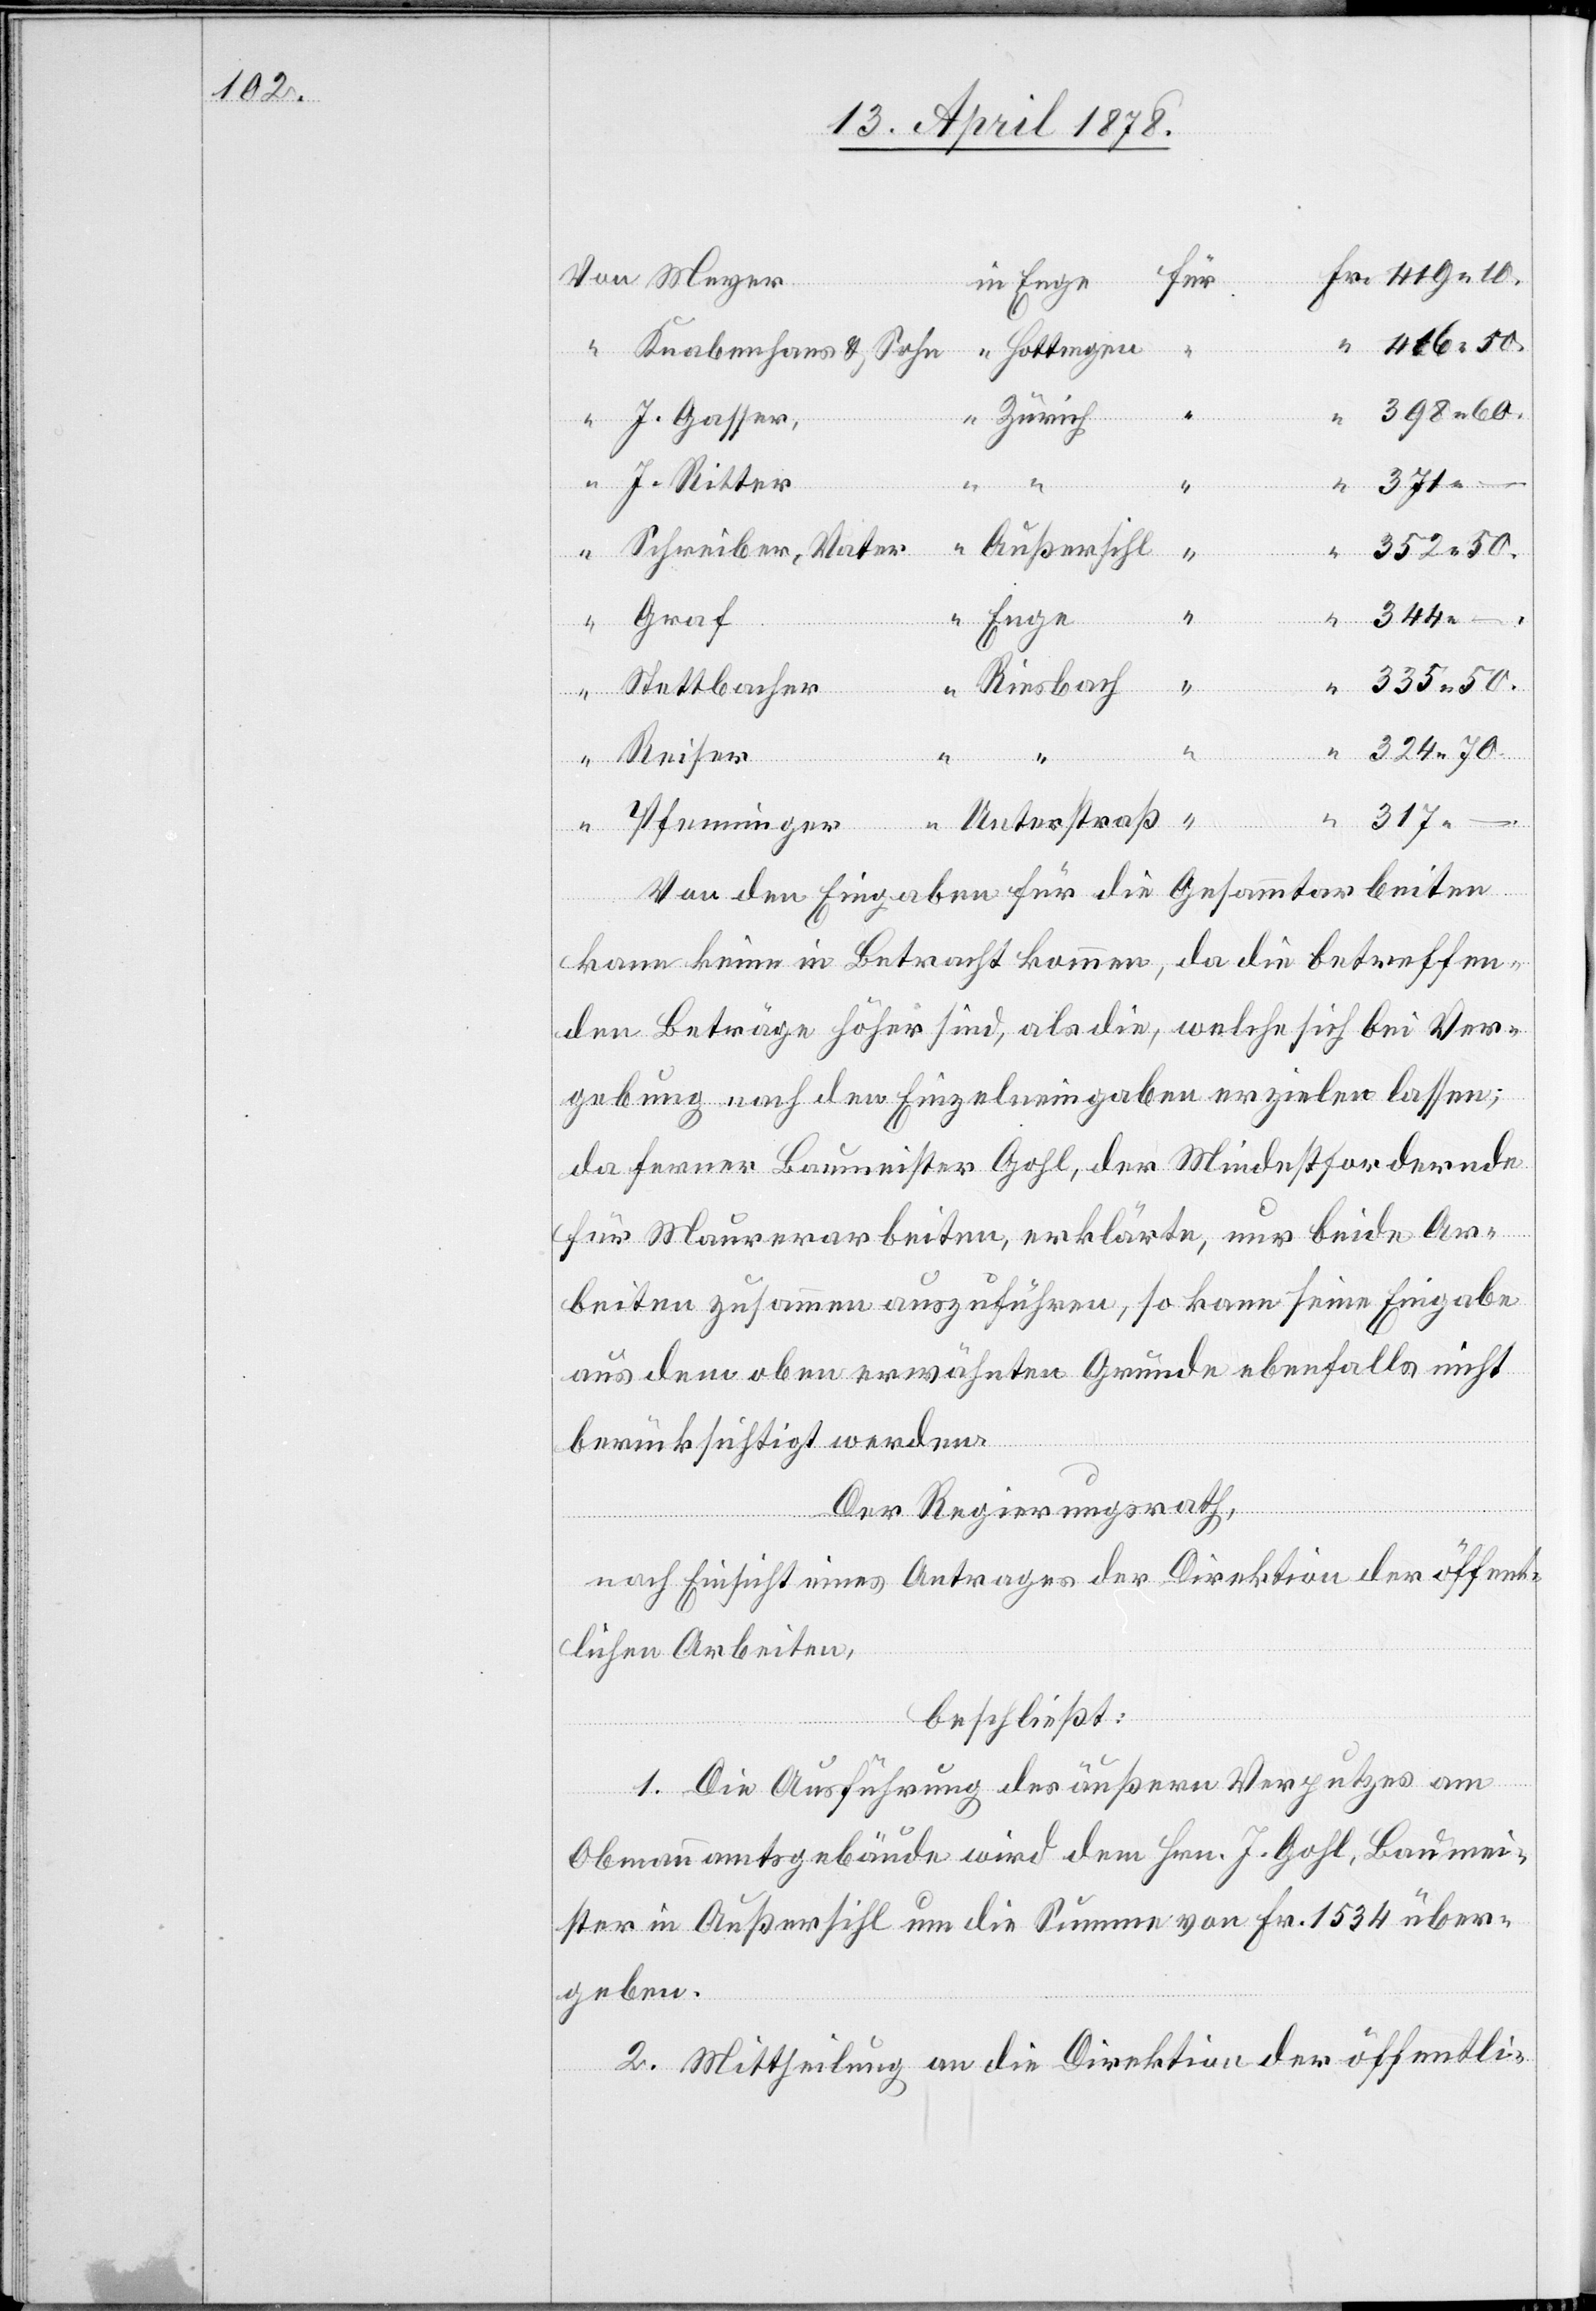
Ver¬
416.50.
Hottingen
Knabenhans & Sohn
398.60.
J. Gasser,
J. Ritter
“
371. –
“
Außersihl
Schreiber, Vater
352.50.
344.
Graf
Pfenninger
– .
335.50.
Riesbach
Rei¬
Stettbacher
324.70.
317.
Unterstraß
“
Von den Eingaben für die Gesammtarbeiten
kann keine in Betracht kommen, da die betreffen¬
den Beträge höher sind, als die, welche sich bei der
gebung nach den Einzelneingaben erzielen lassen;
da ferner Baumeister Gohl, der Mindestfordernde
für Maurerarbeiten, erklärte, nur beide Ar¬
beiten zusammen auszuführen, so kann seine Eingabe
aus dem obenerwähnten Grunde ebenfalls nicht
berücksichtigt werden.
Der Regierungsrath,
nach Einsicht eines Antrages der Direktion der öffent¬
lichen Arbeiten,
beschließt:
1. Die Ausführung des äußern Verputzes am
Obmannamtsgebäude wird dem Hrn. J. Gohl, Baumei¬
ster in Außersihl um die Summe von Fr. 1534 über¬
geben.
2. Mittheilung an die Direktion der öffentli-

in